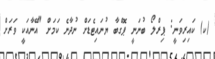
(ކ) ކައިރިވަނީ: ޕިރްލޯ ބުނަނީ ޕޮގްބާ ޔުނައިޓެޑަށް ނުދާނެ ކަމަށް "އޭނާއަކީ ވަރަށް